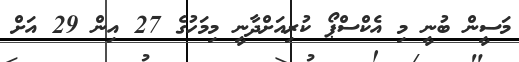
މަސީން ބުނީ މި އެކްސްޕޯ ކުރިއަށްދާނީ މިމަހުގެ 27 އިން 29 އަށް